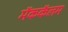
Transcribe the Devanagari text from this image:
मॅककॅलम